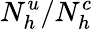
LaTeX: N_{h}^{u}/N_{h}^{c}